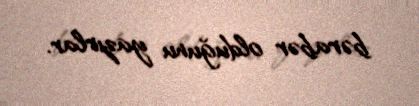
bərabər olduğunu yazırlar.